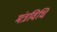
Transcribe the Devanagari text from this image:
मंत्रविधि